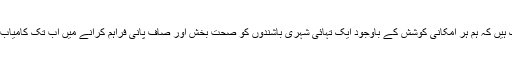
خبریں تو یہاں تک ہیں کہ ہم ہر امکانی کوشش کے باوجود ایک تہائی شہری باشندوں کو صحت بخش اور صاف پانی فراہم کرانے میں اب تک کامیاب نہیں ہوسکے ہیں۔